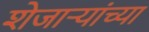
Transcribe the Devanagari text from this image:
शेजाऱ्यांच्या